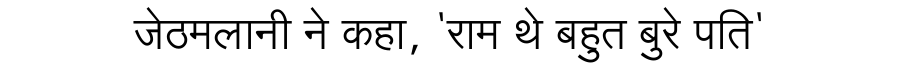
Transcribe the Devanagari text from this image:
जेठमलानी ने कहा, 'राम थे बहुत बुरे पति'